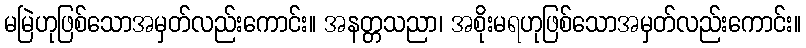
မမြဲဟုဖြစ်သောအမှတ်လည်းကောင်း။ အနတ္တသညာ၊ အစိုးမရဟုဖြစ်သောအမှတ်လည်းကောင်း။